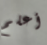
أعلم